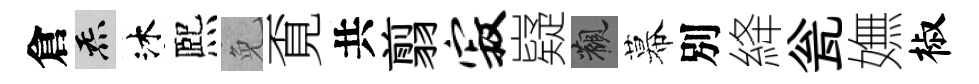
倉炁沐熈免覔共翦寂嶷觀幕別絳瓮嫵椒